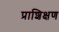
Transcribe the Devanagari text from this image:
प्राशिक्षण